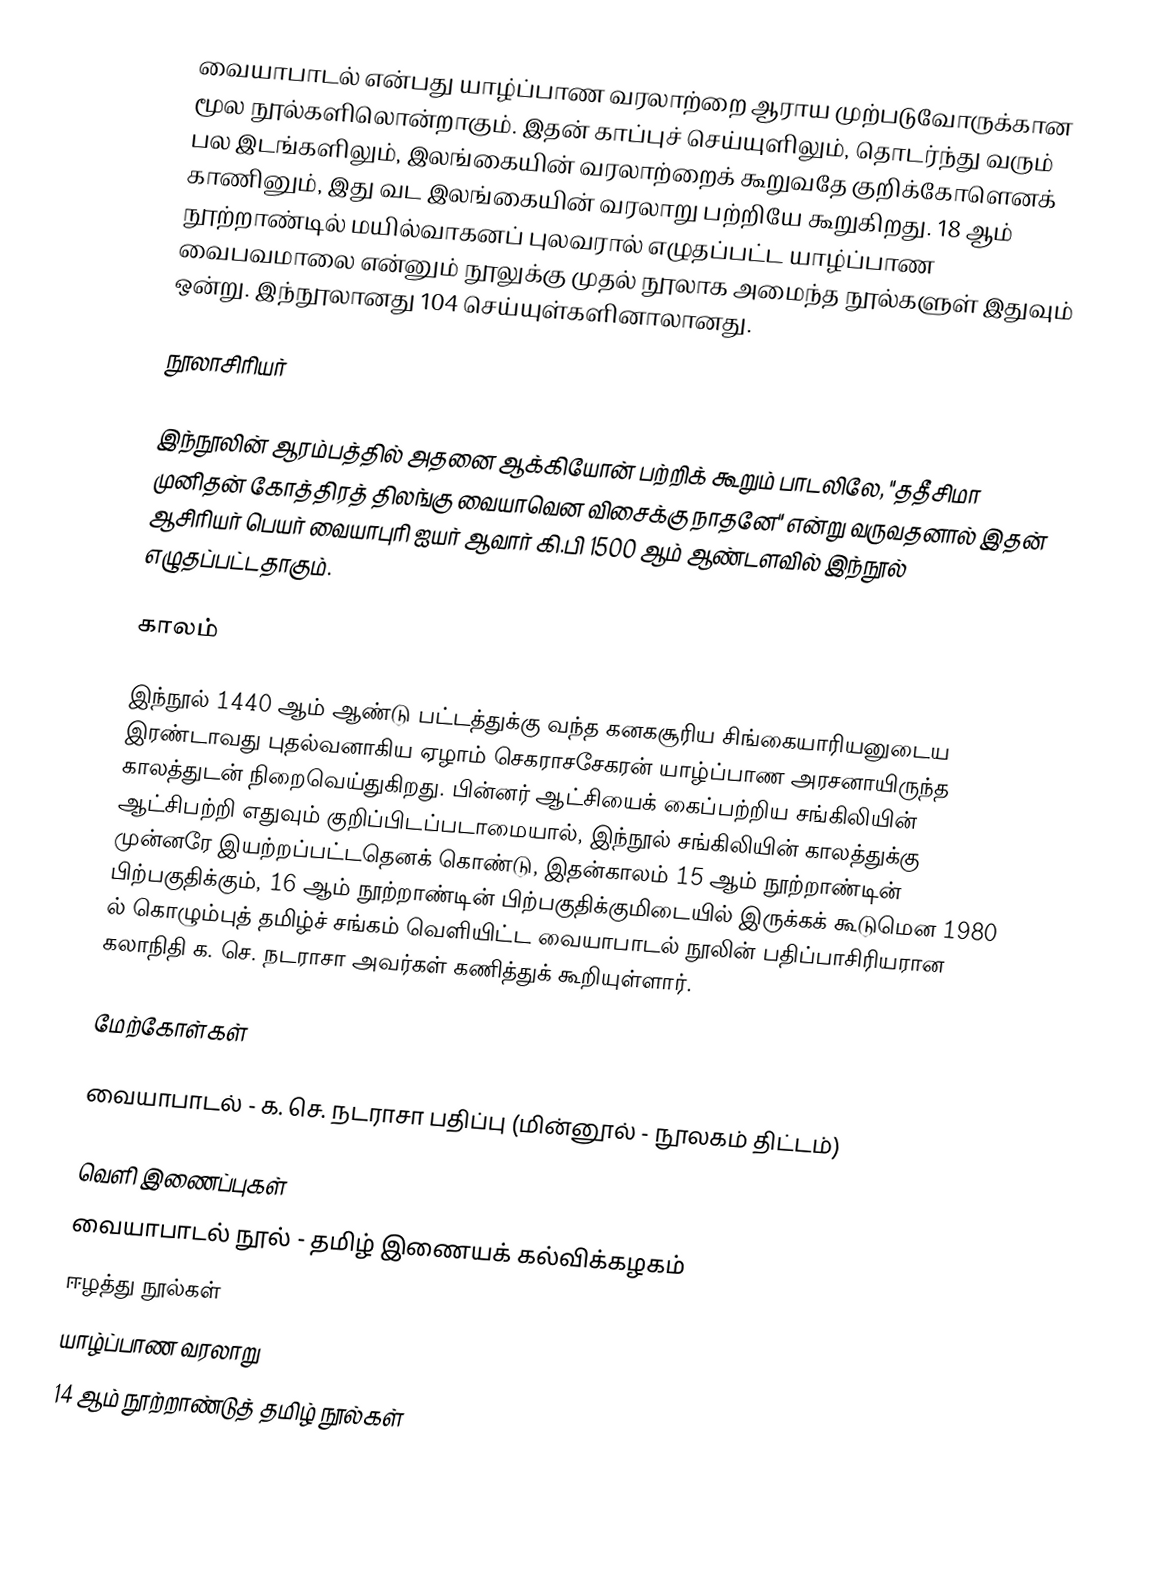
வையாபாடல் என்பது யாழ்ப்பாண வரலாற்றை ஆராய முற்படுவோருக்கான மூல நூல்களிலொன்றாகும். இதன் காப்புச் செய்யுளிலும், தொடர்ந்து வரும் பல இடங்களிலும், இலங்கையின் வரலாற்றைக் கூறுவதே குறிக்கோளெனக் காணினும், இது வட இலங்கையின் வரலாறு பற்றியே கூறுகிறது. 18 ஆம் நூற்றாண்டில் மயில்வாகனப் புலவரால் எழுதப்பட்ட யாழ்ப்பாண வைபவமாலை என்னும் நூலுக்கு முதல் நூலாக அமைந்த நூல்களுள் இதுவும் ஒன்று. இந்நூலானது 104 செய்யுள்களினாலானது.

நூலாசிரியர்

இந்நூலின் ஆரம்பத்தில் அதனை ஆக்கியோன் பற்றிக் கூறும் பாடலிலே, "ததீசிமா முனிதன் கோத்திரத் திலங்கு வையாவென விசைக்கு நாதனே" என்று வருவதனால் இதன் ஆசிரியர் பெயர் வையாபுரி ஐயர் ஆவார் கி.பி 1500 ஆம் ஆண்டளவில் இந்நூல் எழுதப்பட்டதாகும்.

காலம்

இந்நூல் 1440 ஆம் ஆண்டு பட்டத்துக்கு வந்த கனகசூரிய சிங்கையாரியனுடைய இரண்டாவது புதல்வனாகிய ஏழாம் செகராசசேகரன் யாழ்ப்பாண அரசனாயிருந்த காலத்துடன் நிறைவெய்துகிறது. பின்னர் ஆட்சியைக் கைப்பற்றிய சங்கிலியின் ஆட்சிபற்றி எதுவும் குறிப்பிடப்படாமையால், இந்நூல் சங்கிலியின் காலத்துக்கு முன்னரே இயற்றப்பட்டதெனக் கொண்டு, இதன்காலம் 15 ஆம் நூற்றாண்டின் பிற்பகுதிக்கும், 16 ஆம் நூற்றாண்டின் பிற்பகுதிக்குமிடையில் இருக்கக் கூடுமென 1980 ல் கொழும்புத் தமிழ்ச் சங்கம் வெளியிட்ட வையாபாடல் நூலின் பதிப்பாசிரியரான கலாநிதி க. செ. நடராசா அவர்கள் கணித்துக் கூறியுள்ளார்.

மேற்கோள்கள்

 வையாபாடல் - க. செ. நடராசா பதிப்பு  (மின்னூல் - நூலகம் திட்டம்)

வெளி இணைப்புகள்
வையாபாடல் நூல் - தமிழ் இணையக் கல்விக்கழகம்
ஈழத்து நூல்கள்
யாழ்ப்பாண வரலாறு
14 ஆம் நூற்றாண்டுத் தமிழ் நூல்கள்